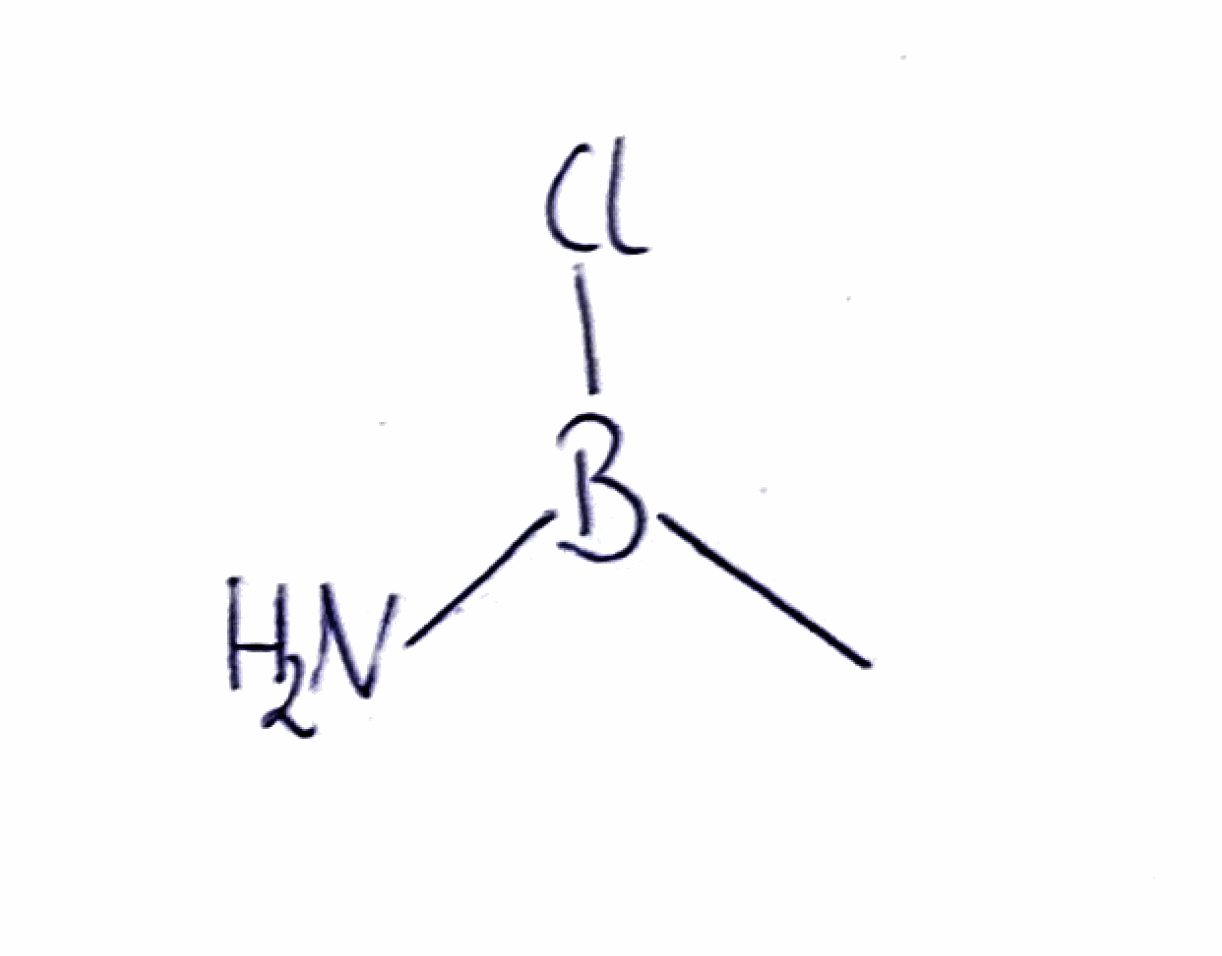
Simplified molecular-input line-entry system (SMILES) notation of the given molecule:
B(C)(N)Cl